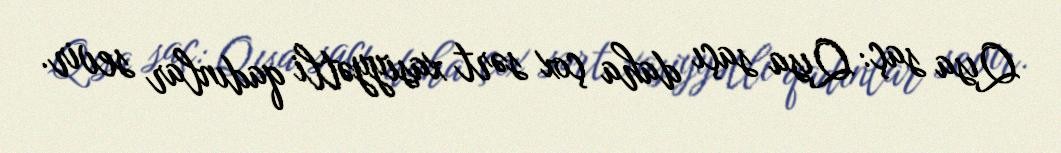
Qısa saç: Qısa saçı daha çox sərt xasiyyətli qadınlar sevir.